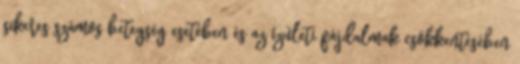
sikeres számos betegség esetében és az ízületi fájdalmak csökkentésében